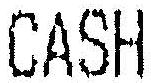
CASH